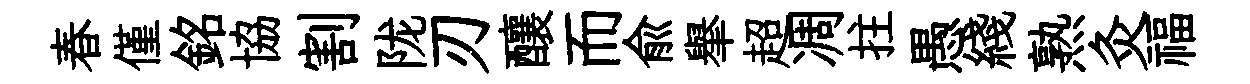
春僅銘協割陇刃釀而俞𦦙超凋拄愚綫熟灸福